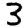
Digit: 3